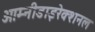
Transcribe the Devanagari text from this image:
ओम्नीडाइरेक्शनल